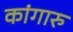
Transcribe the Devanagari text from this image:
कांगारु